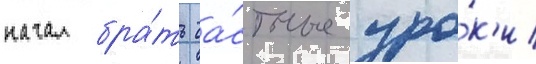
начал бра́ть ча́стные уро́к'и